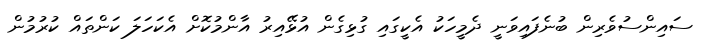
ސައިންސުވެރިން ބުނެފައިވަނީ ދެމީހަކު އެކީގައި ގުޅިގެން އުޅޭއިރު އާންމުކޮށް އެކަހަލަ ކަންތައް ކުރުމުން